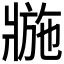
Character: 𤖌